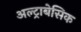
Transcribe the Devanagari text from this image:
अल्ट्राबेसिक